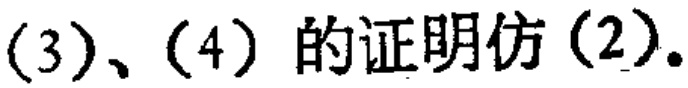
(3)、(4) 的证明仿 (2).